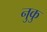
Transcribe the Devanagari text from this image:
नुकु